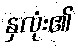
နှလုံး၏